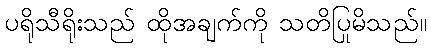
ပရိုသီရိုးသည် ထိုအချက်ကို သတိပြုမိသည်။